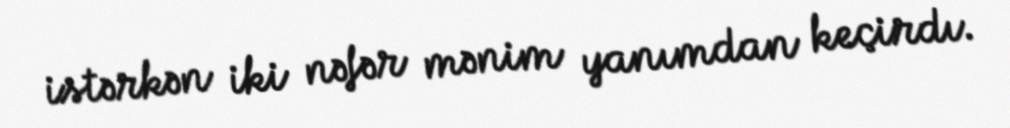
istərkən iki nəfər mənim yanımdan keçirdı.